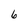
Character: 6